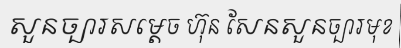
សួនច្បារសម្តេច ហ៊ុន សែនសួនច្បារមុខ